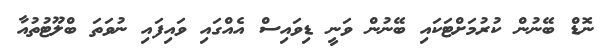
ނޮޑް ބޭނުން ކުރުމަށްޓަކައި ބޭނުން ވަނީ ޑިވައިސް އެއްގައި ވައިފައި ނުވަތަ ބްލޫޓުތުއާ